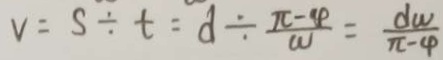
v = s \div t = d \div \frac { \pi - 4 } { w } = \frac { d \omega } { \pi - 4 }